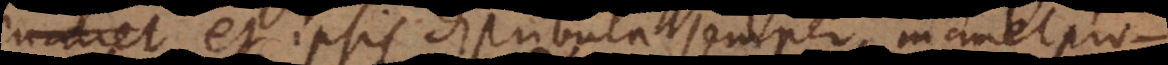
manet et ipsis distributa semper manet propo